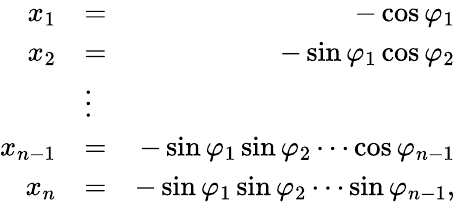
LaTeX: \begin{array}{rlr}{x_{1}}&{=}&{-\cos\varphi_{1}}\\ {x_{2}}&{=}&{-\sin\varphi_{1}\cos\varphi_{2}}\\ &{\vdots}&\\ {x_{n-1}}&{=}&{-\sin\varphi_{1}\sin\varphi_{2}\cdots\cos\varphi_{n-1}}\\ {x_{n}}&{=}&{-\sin\varphi_{1}\sin\varphi_{2}\cdots\sin\varphi_{n-1},}\end{array}